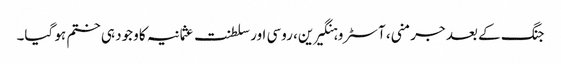
جنگ کے بعد جرمنی، آسٹرو ہنگیرین، روسی اور سلطنت عثمانیہ کا وجود ہی ختم ہو گیا۔